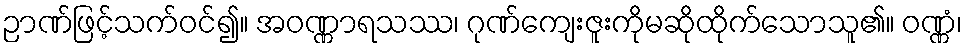
ဉာဏ်ဖြင့်သက်ဝင်၍။ အဝဏ္ဏာရသဿ၊ ဂုဏ်ကျေးဇူးကိုမဆိုထိုက်သောသူ၏။ ဝဏ္ဏံ၊